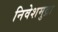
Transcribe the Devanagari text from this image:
निवेशमुद्रा